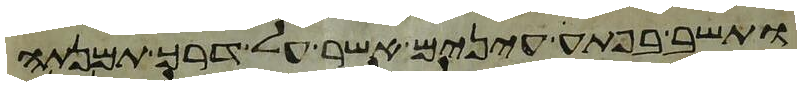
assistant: ותשב בפתע עינים אשר על דרך תמנתה